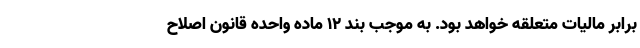
برابر مالیات متعلقه خواهد بود. به موجب بند ۱۲ ماده واحده قانون اصلاح